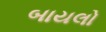
બાયલો